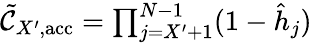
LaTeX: \begin{array}{r}{\tilde{\mathcal{C}}_{X^{\prime},\mathrm{acc}}=\prod_{j=X^{\prime}+1}^{N-1}(1-\hat{h}_{j})}\end{array}